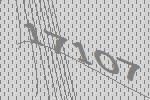
17107